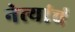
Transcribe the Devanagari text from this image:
नेत्यांचं